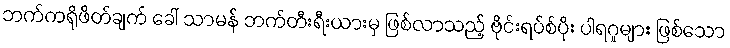
ဘက်ကရိုဖိတ်ချက် ခေါ် သာမန် ဘက်တီးရီးယားမှ ဖြစ်လာသည့် ဗိုင်းရပ်စ်ပိုး ပါရဂူများ ဖြစ်သော